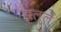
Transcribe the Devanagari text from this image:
छ्ल्ले